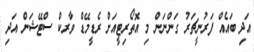
އަދި ބައެއް ފަރުނީޗަރު ގަންނަން މި އޮތޯރިޓީއަށް ރެޑީމޭޑް ވާރކް ސްޓޭޝަން އަދި